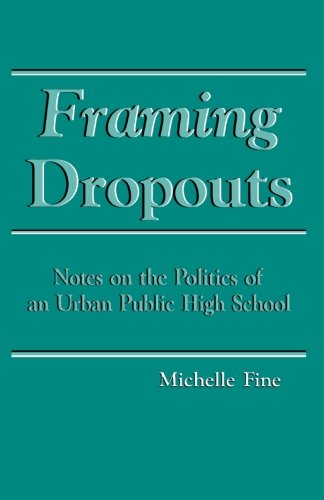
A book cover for Framing Dropouts: Notes on the Politics of an Urban Public High School (SUNY Series, Teacher Empowerment and School Reform) (Suny Series, Teacher Empowerment & School Reform); Michelle Fine; Crafts, Hobbies & Home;